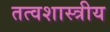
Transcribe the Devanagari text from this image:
तत्वशास्त्रीय